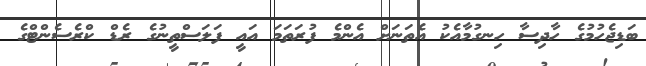
ބަޑިޖެހުމުގެ ހާދިސާ ހިނގުމާއެކު އެތަނަށް އެންމެ ފުރަތަމަ އައީ ފަލަސްތީނުގެ ރެޑް ކްރެސެންޓްގެ